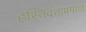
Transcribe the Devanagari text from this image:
हस्तिदंताप्रमाणे